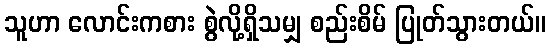
သူဟာ လောင်းကစား စွဲလို့ရှိသမျှ စည်းစိမ် ပြုတ်သွားတယ်။